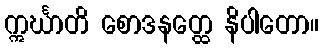
ဣင်္ဃာတိ စောဒနတ္ထေ နိပါတော။